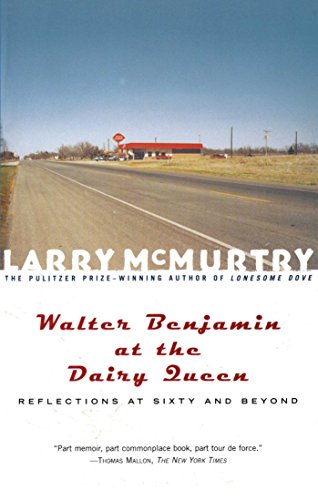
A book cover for Walter Benjamin at the Dairy Queen : Reflections on Sixty and Beyond; Larry McMurtry; Biographies & Memoirs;